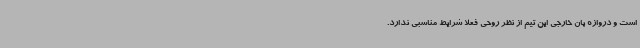
است و دروازه بان خارجی این تیم از نظر روحی فعلاً شرایط مناسبی ندارد.